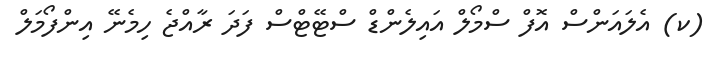
(ކ) އެލައަންސް އޮފް ސްމޯލް އައިލެންޑް ސްޓޭޓްސް ފަދަ ރާއްޖެ ހިމެނޭ އިންފޯމަލް